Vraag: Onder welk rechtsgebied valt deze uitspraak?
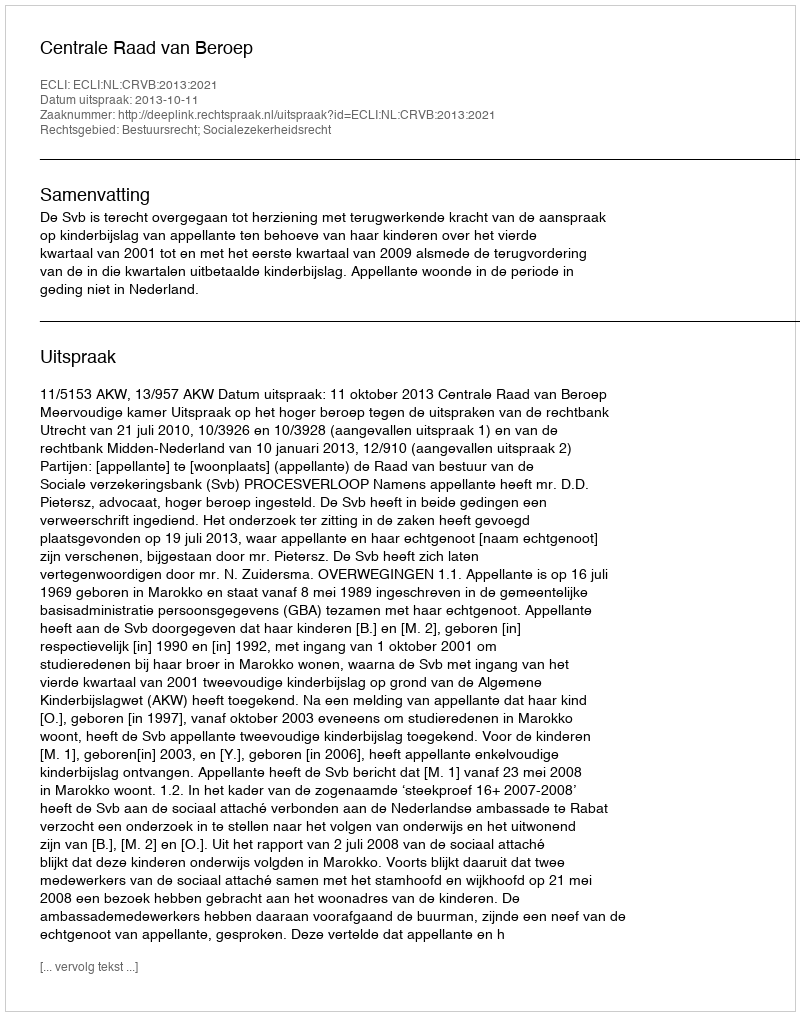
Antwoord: Bestuursrecht; Socialezekerheidsrecht